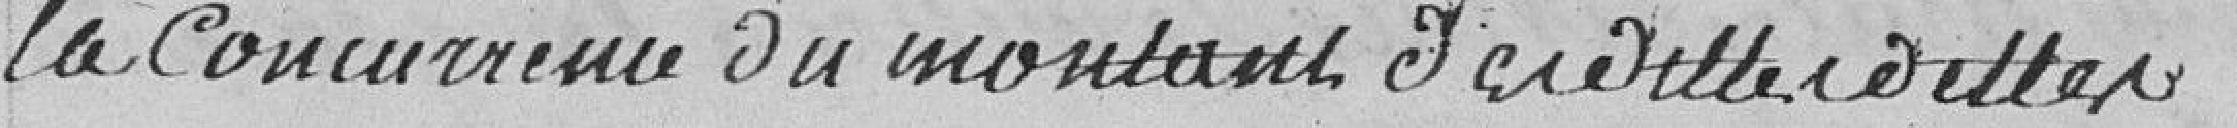
la concurrence du montant desdittes dettes.